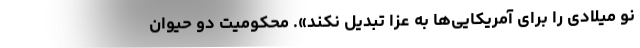
نو میلادی را برای آمریکایی‌ها به عزا تبدیل نکند». محکومیت دو حیوان